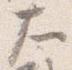
大